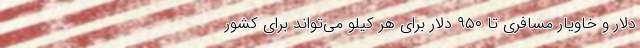
دلار و خاویار مسافری تا ۹۵۰ دلار برای هر کیلو می‌تواند برای کشور